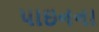
પાઇનના